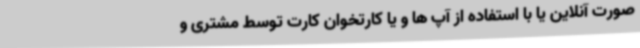
صورت آنلاین یا با استفاده از آپ ها و یا کارتخوان کارت توسط مشتری و